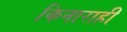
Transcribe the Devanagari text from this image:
किनाराही